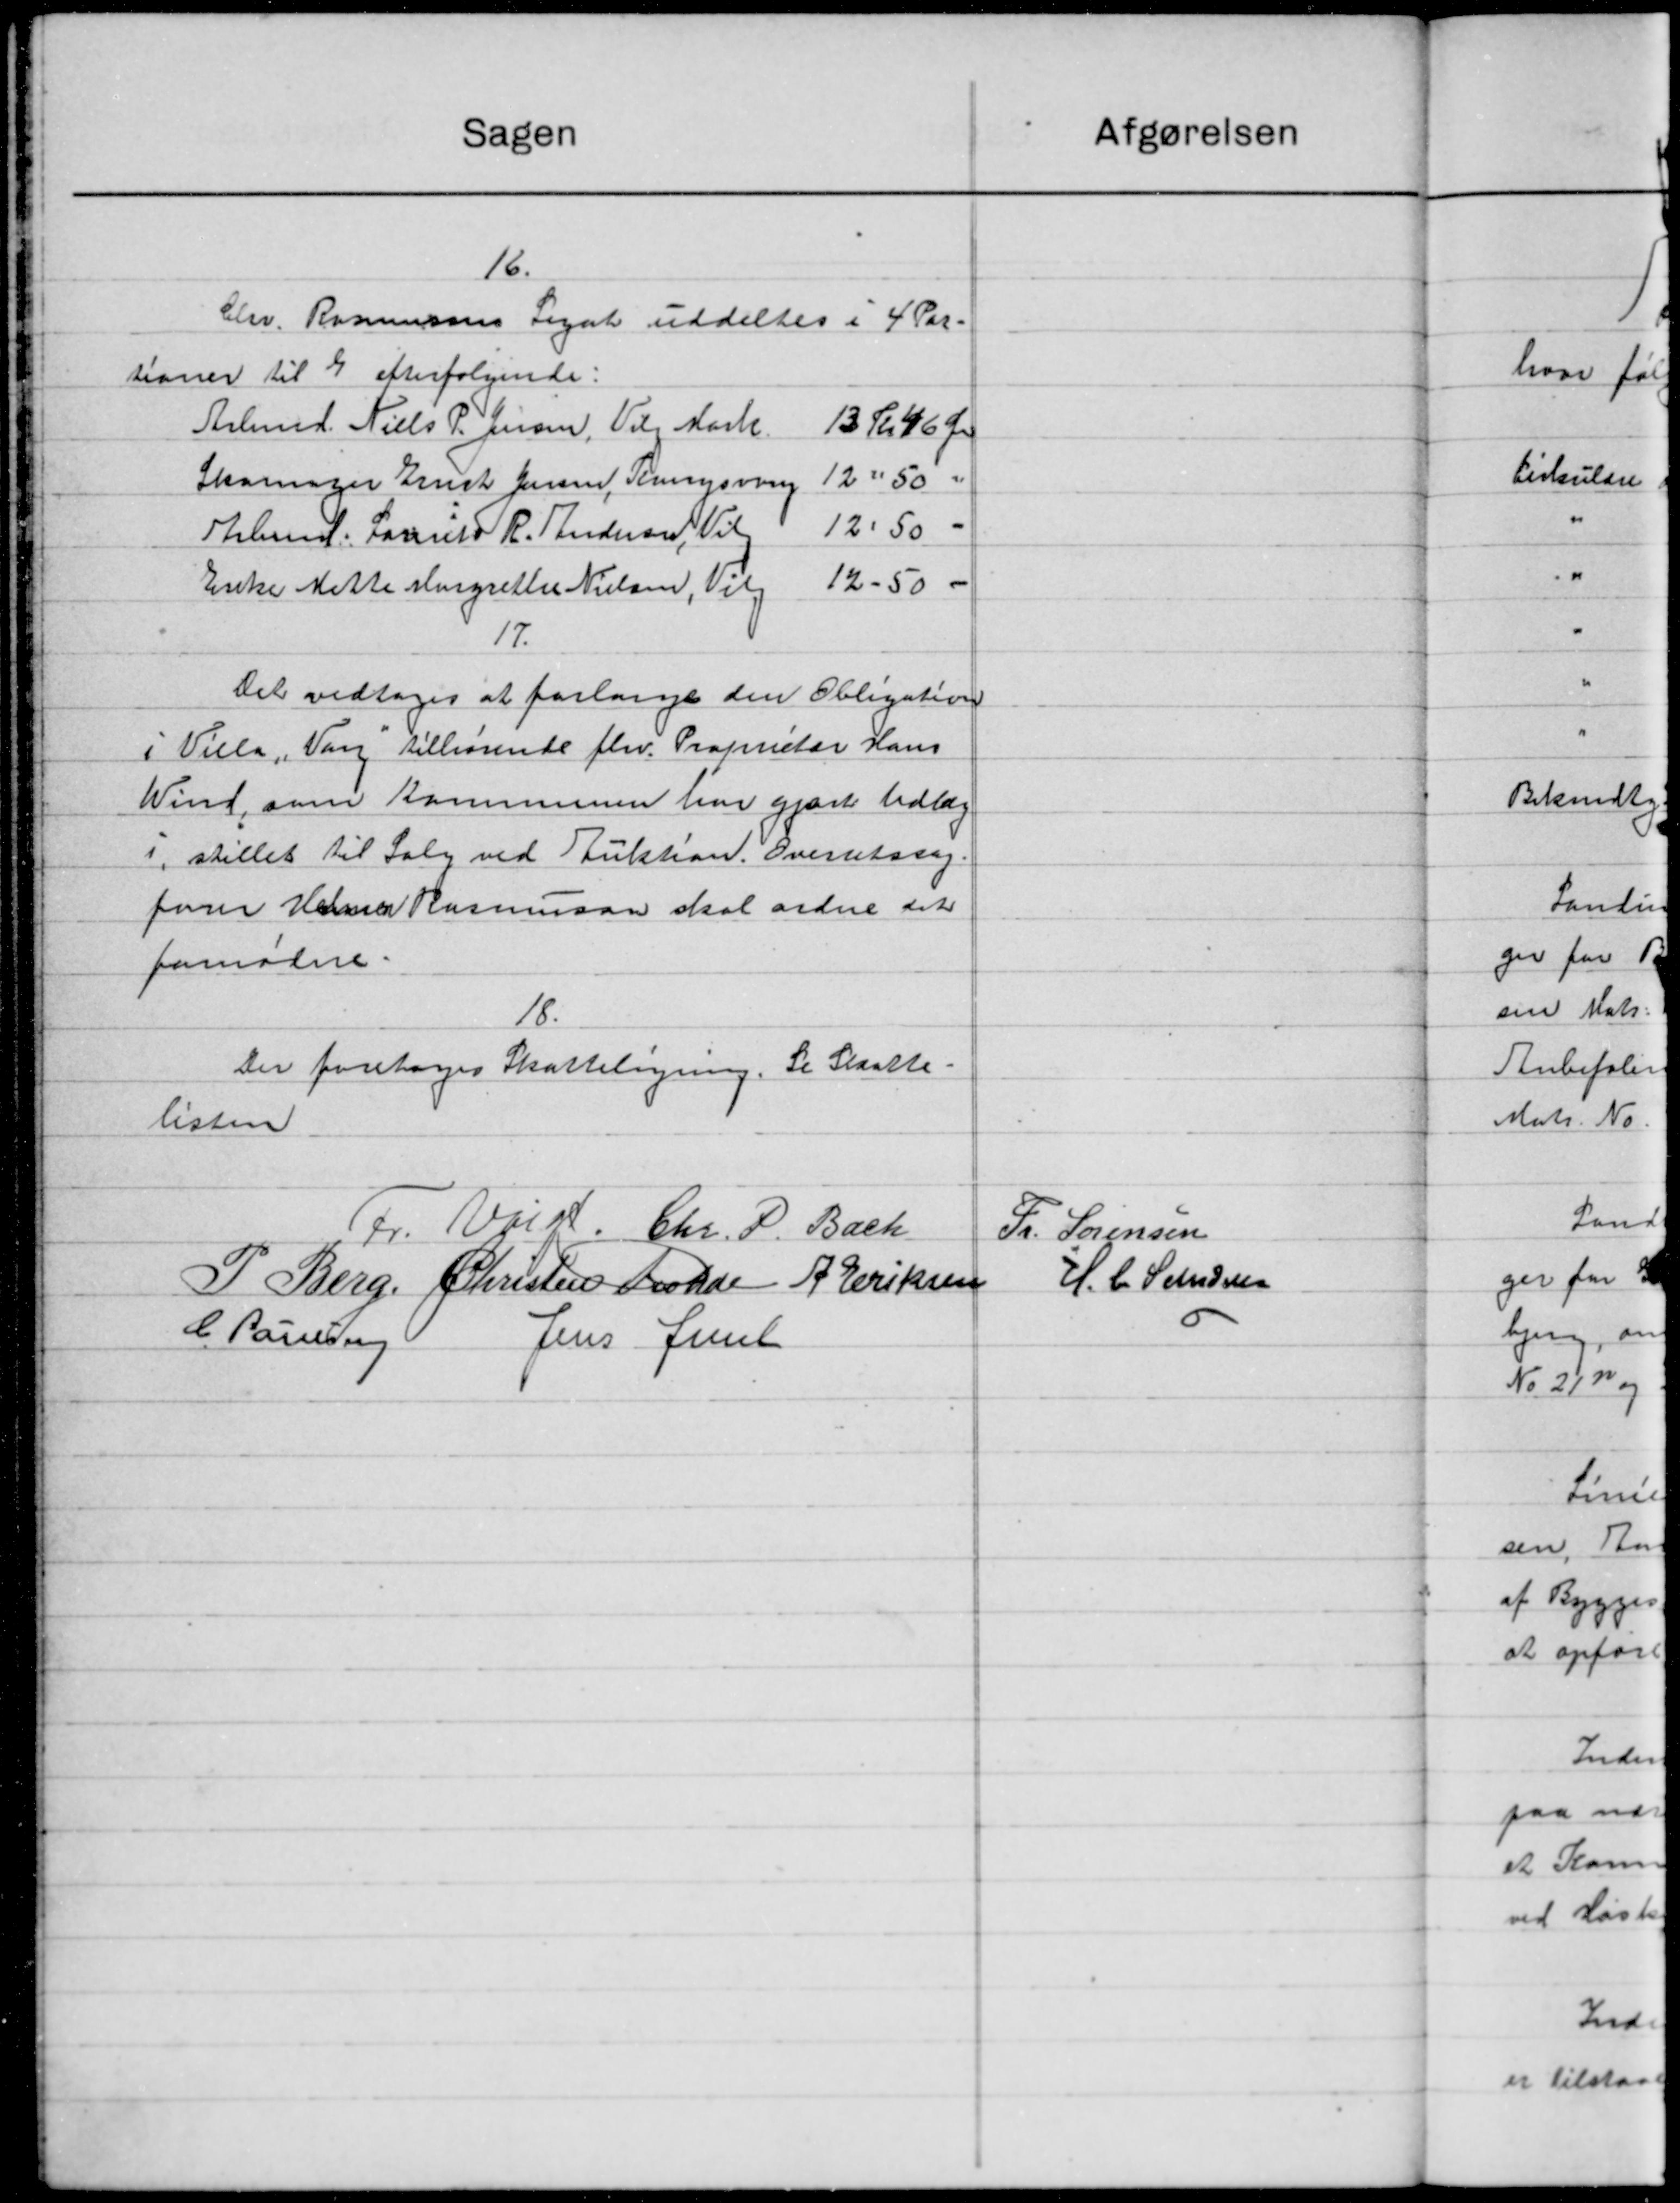
Transskription:
Sagen
16.
Chr. Rasmussens Legat uddeltes i 4 Par-
tioner til 4 efterfølgende:
Arbmd. Niels P. Jensen, Vils Mark.
13 Kr 46 Ør
Skomager Ernst Jensen, Ringsvang
12:50 "
12.50.
Selm. Lorente R. Andersen, Vil
12-50.
Enke Mette Margrethe Nielsen, Vilg
17.
Det vedtoges at forlange den Obligation
i Villa, Vang tilhørende fhv. Proprietær Hans
Wind, som Kommunen har gjort udlag
i, stillet til Salg ved Auktion. Overretssag.
fører Hane Rasmussen skal ordne det
famadne.
18.
Der foretoges Skatteligning. Se Skatte-
listen
Fr. Vein. Chr. P. Bach
P. Berg, Christen Frohde A. Eriksen
C. Paulsen
Jens Juul